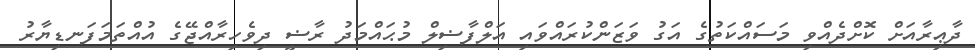
ދާޢިރާއަށް ކޮށްދެއްވި މަސައްކަތުގެ އަގު ވަޒަންކުރައްވައި އަލްފާޟިލް މުޙައްމަދު ރާޟީ ދިވެހިރާއްޖޭގެ އުއްތަމަފަނޑިޔާރު